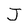
Character: J